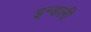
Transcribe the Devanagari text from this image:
इन्डली